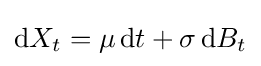
\mathrm {d} X_{t}=\mu \,\mathrm {d} t+\sigma \,\mathrm {d} B_{t}